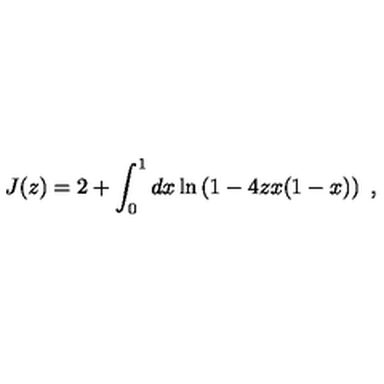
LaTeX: J ( z ) = 2 + \int _ { 0 } ^ { 1 } d x \ln \left( 1 - 4 z x ( 1 - x ) \right) \ ,